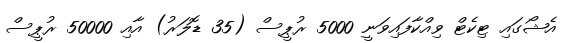
އެޝޯގައި ޓިކެޓް ވިއްކާފައިވަނީ 5000 ރުޕީސް (35 ޑޮލަރު) އާއި 50000 ރުޕީސް